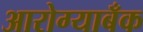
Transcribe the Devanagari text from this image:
आरोग्याबँक